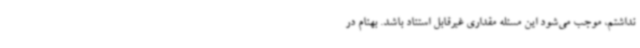
نداشتم، موجب می‌شود این مسئله مقداری غیرقابل استناد باشد. بهنام در